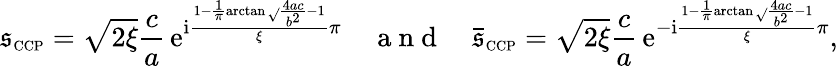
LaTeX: \mathfrak{s}_{\scriptscriptstyle{\mathrm{{CCP}}}}=\sqrt{{2\xi}}{{\frac{{c}}{{a}}}}\, \mathrm{{e}}^{\mathrm{{i}}\frac{{1-\frac{{1}}{{\pi}}\arctan\sqrt{}{{\frac{{4ac}}{{b^{2}}}-1}}}}{{\xi}}\pi}\quad\mathrm{{~a~n~d~}}\quad\bar{{\mathfrak{s}}}_{\scriptscriptstyle{\mathrm{{CCP}}}}=\sqrt{{2\xi}}{{\frac{{c}}{{a}}}}\, \mathrm{{e}}^{-\mathrm{{i}}\frac{{1-\frac{{1}}{{\pi}}\arctan\sqrt{}{{\frac{{4ac}}{{b^{2}}}-1}}}}{{\xi}}\pi},